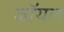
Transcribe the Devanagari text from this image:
जाॅयल